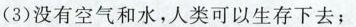
(3)没有空气和水，人类可以生存下去；